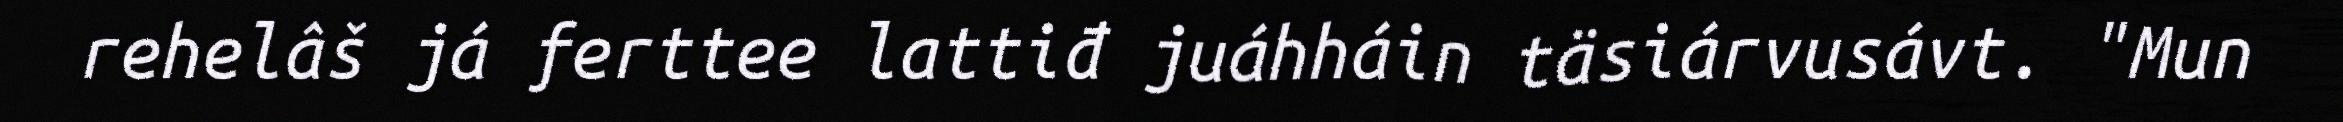
rehelâš já ferttee lattiđ juáhháin täsiárvusávt. "Mun